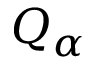
Q _ { \alpha }